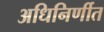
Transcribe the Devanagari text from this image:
अधिनिर्णीत